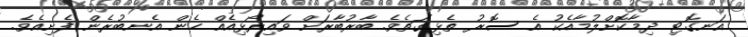
އަނގޮޓި ދިމާކޮށްލުމާއެކު އެ ސޮރު ތެޅިގަތެވެ. ބާރުބާރަށް ވައިރޯޅިއެއް ހެން އެނބުރެން ފެށިއެވެ.